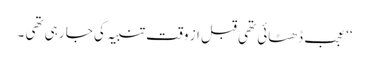
‘‘ عجب ڈھٹائی تھی قبل از وقت تنبیہ کی جا رہی تھی ۔